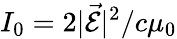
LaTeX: I_{0}=2|\vec{\mathcal{E}}|^{2}/c\mu_{0}